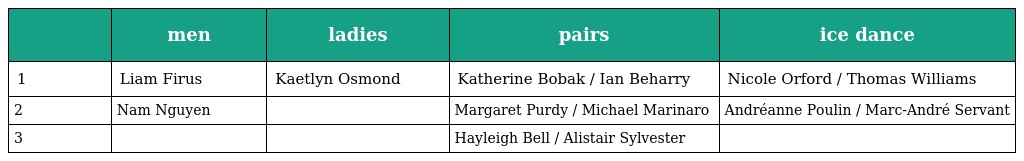
|  | men | ladies | pairs | ice dance |
 | --- | --- | --- | --- | --- |
 | 1 | Liam Firus | Kaetlyn Osmond | Katherine Bobak / Ian Beharry | Nicole Orford / Thomas Williams |
 | 2 | Nam Nguyen |  | Margaret Purdy / Michael Marinaro | Andréanne Poulin / Marc-André Servant |
 | 3 |  |  | Hayleigh Bell / Alistair Sylvester |  |